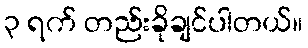
၃ ရက် တည်းခိုချင်ပါတယ်။